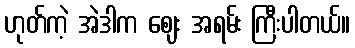
ဟုတ်ကဲ့ အဲဒါက ဈေး အရမ်း ကြီးပါတယ်။